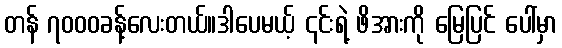
တန် ၇၀၀၀ခန့်လေးတယ်။ဒါပေမယ့် ၎င်းရဲ့ ဖိအားကို မြေပြင် ပေါ်မှာ